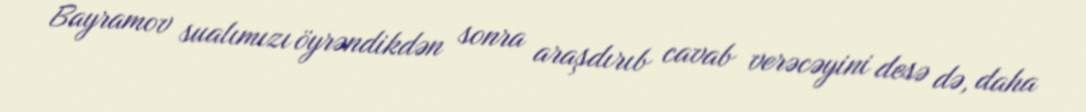
Bayramov sualımızı öyrəndikdən sonra araşdırıb cavab verəcəyini desə də, daha